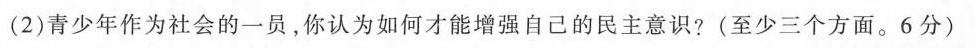
(2)青少年作为社会的一员，你认为如何才能增强自己的民主意识?(至少三个方面。6分)